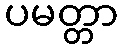
ပမတ္တာ